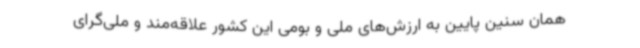
همان سنین پایین به ارزش‌های ملی و بومی این کشور علاقه‌مند و ملی‌گرای